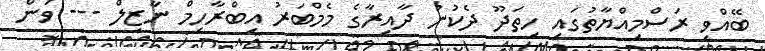
ބޭއްވި ރަސްމިއްޔާތުގައި ހިތަދޫ ދެކުނު ދާއިރާގެ މެމްބަރު އިބްރާހިމް ނާޒިލް --- ވަން